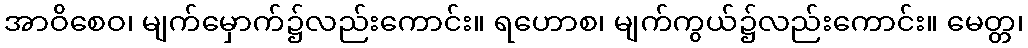
အာဝိစေဝ၊ မျက်မှောက်၌လည်းကောင်း။ ရဟောစ၊ မျက်ကွယ်၌လည်းကောင်း။ မေတ္တ၊